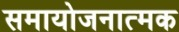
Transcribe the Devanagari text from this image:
समायोजनात्मक